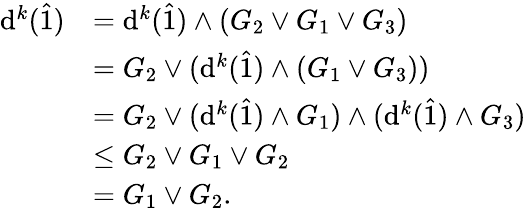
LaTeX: \begin{array}{rl}{\mathrm{d}^{k}(\hat{1})}&{=\mathrm{d}^{k}(\hat{1})\wedge(G_{2}\vee G_{1}\vee G_{3})}\\ &{=G_{2}\vee(\mathrm{d}^{k}(\hat{1})\wedge(G_{1}\vee G_{3}))}\\ &{=G_{2}\vee(\mathrm{d}^{k}(\hat{1})\wedge G_{1})\wedge(\mathrm{d}^{k}(\hat{1})\wedge G_{3})}\\ &{\leq G_{2}\vee G_{1}\vee G_{2}}\\ &{=G_{1}\vee G_{2}.}\end{array}